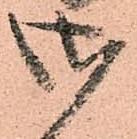
御